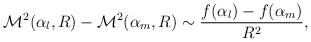
\begin{align*}{\cal M}^2(\alpha_l,R)-{\cal M}^2(\alpha_m,R)\sim\frac{f(\alpha_l)-f(\alpha_m)}{R^2},\end{align*}